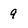
Character: 9